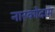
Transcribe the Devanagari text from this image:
नारकोदाम